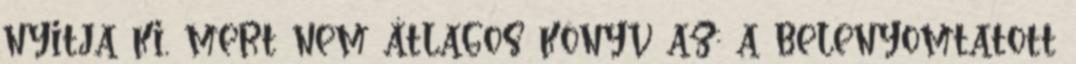
nyitja ki, mert nem átlagos könyv az: a belenyomtatott